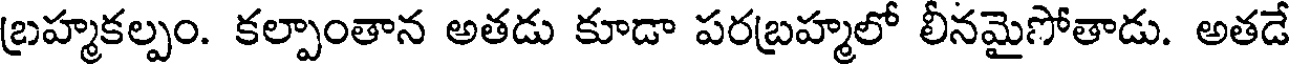
బ్రహ్మకల్పం. కల్పాంతాన అతడు కూడా పరబ్రహ్మలో లీనమైసోతాడు. అతడే